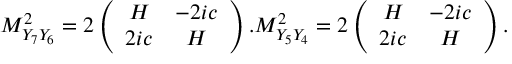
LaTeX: M _ { Y _ { 7 } Y _ { 6 } } ^ { 2 } = 2 \left( \begin{array} { c c } { { H } } & { { - 2 i c } } \\ { { 2 i c } } & { { H } } \end{array} \right) . M _ { Y _ { 5 } Y _ { 4 } } ^ { 2 } = 2 \left( \begin{array} { c c } { { H } } & { { - 2 i c } } \\ { { 2 i c } } & { { H } } \end{array} \right) .